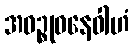
အဝဉ္စုဝနေဝါဟံ